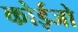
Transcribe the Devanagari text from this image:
कोईजो